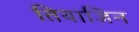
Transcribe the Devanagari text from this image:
तियाजिन